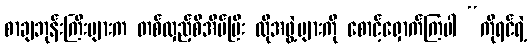
စာချဘုန်းကြီးများက တစ်လှည့်စီအိပ်ပြီး ထိုအဖွဲ့များကို စောင့်ရှောက်ကြပါ “ကိုရင်ရဲ့